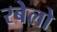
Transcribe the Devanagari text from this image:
रबेलो